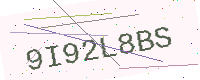
Text: 9I92L8BS